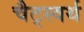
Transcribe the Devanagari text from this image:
चैट्स्वर्थ